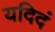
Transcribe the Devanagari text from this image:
यदिदं